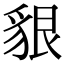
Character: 貇